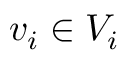
v _ { i } \in V _ { i }